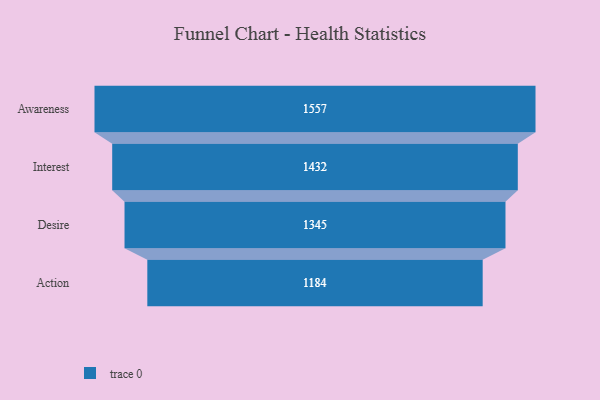
{"axis": {"x": "Stage", "y": "Value"}, "legend": [""], "data": [{"x": "Awareness", "y": 1557.0, "type": ""}, {"x": "Interest", "y": 1432.0, "type": ""}, {"x": "Desire", "y": 1345.0, "type": ""}, {"x": "Action", "y": 1184.0, "type": ""}]}